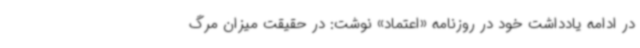
در ادامه یادداشت خود در روزنامه «اعتماد» نوشت: در حقیقت میزان مرگ